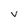
Character: v